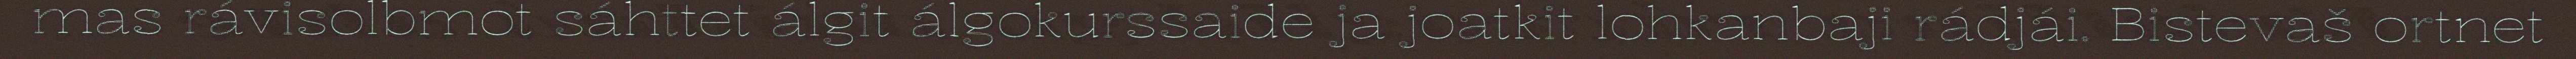
mas rávisolbmot sáhttet álgit álgokurssaide ja joatkit lohkanbaji rádjái. Bistevaš ortnet